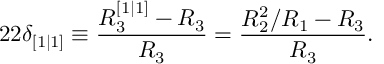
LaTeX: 2 2 \delta _ { [ 1 | 1 ] } \equiv \frac { R _ { 3 } ^ { [ 1 | 1 ] } - R _ { 3 } } { R _ { 3 } } = \frac { R _ { 2 } ^ { 2 } / R _ { 1 } - R _ { 3 } } { R _ { 3 } } .